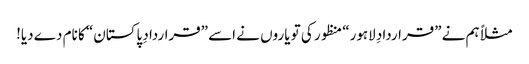
مثلاً ہم نے ”قراردادِ لاہور“ منظور کی تو یاروں نے اسے ”قراردادِ پاکستان“ کا نام دے دیا!